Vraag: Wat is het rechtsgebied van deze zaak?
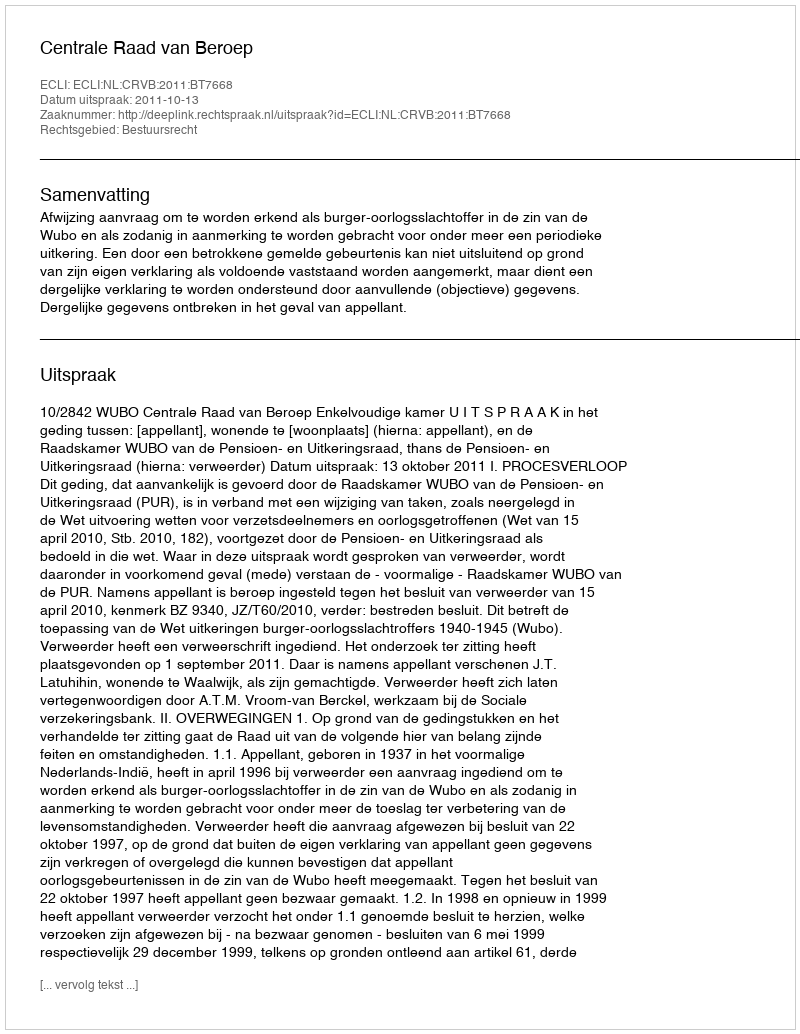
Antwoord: Bestuursrecht